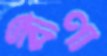
বীণা